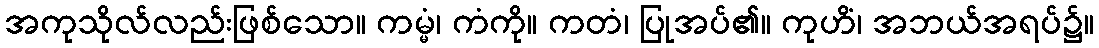
အကုသိုလ်လည်းဖြစ်သော။ ကမ္မံ၊ ကံကို။ ကတံ၊ ပြုအပ်၏။ ကုဟိံ၊ အဘယ်အရပ်၌။